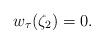
LaTeX: \begin{align*}w_\tau(\zeta_2)=0.\end{align*}